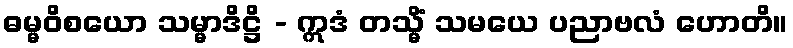
ဓမ္မဝိစယော သမ္မာဒိဋ္ဌိ - ဣဒံ တသ္မိံ သမယေ ပညာဗလံ ဟောတိ။